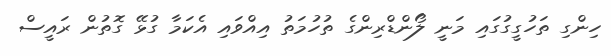
ހިންގި ތަހުގީގުގައި މަނީ ލޯންޑްރިންގެ ތުހުމަތު އިއްވައި އެކަމާ ގުޅޭ ގޮތުން ރައީސް